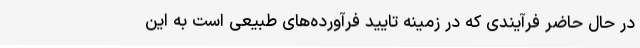
در حال حاضر فرآیندی که در زمینه تایید فرآورده‌های طبیعی است به این